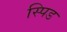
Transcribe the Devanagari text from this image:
स्पिड